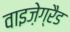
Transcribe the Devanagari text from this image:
वाइज़ेग्रैड